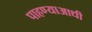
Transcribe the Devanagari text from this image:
पाहण्याआधी